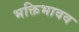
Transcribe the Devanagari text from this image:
भक्तिभावव